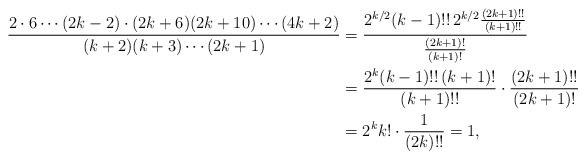
LaTeX: \begin{align*} \frac{2 \cdot 6 \cdots (2k-2) \cdot (2k+6)(2k+10) \cdots (4k+2)}{(k+2)(k+3) \cdots (2k+1)} &= \frac{2^{k/2} (k-1)!!\, 2^{k/2} \frac{(2k+1)!!}{(k+1)!!}}{\frac{(2k+1)!}{(k+1)!}}\\ &= \frac{2^k (k-1)!!\,(k+1)!}{(k+1)!!} \cdot \frac{(2k+1)!!}{(2k+1)!}\\ &= 2^k k! \cdot \frac{1}{(2k)!!}= 1, \end{align*}